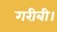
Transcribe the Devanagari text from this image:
गरीबी।